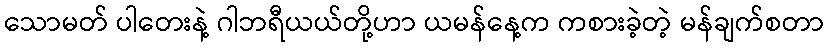
သောမတ် ပါတေးနဲ့ ဂါဘရီယယ်တို့ဟာ ယမန်နေ့က ကစားခဲ့တဲ့ မန်ချက်စတာ